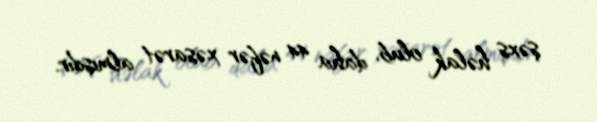
şəxs həlak olub, daha 44 nəfər xəsarət almışdır.